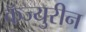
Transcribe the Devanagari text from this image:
कॅज्युरीन